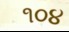
૧૦૪